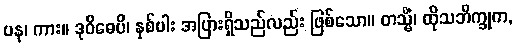
ပန၊ ကား။ ဒုဝိဓေပိ၊ နှစ်ပါး အပြားရှိသည်လည်း ဖြစ်သော။ တသ္မိံ၊ ထိုသဘိက္ခုက,